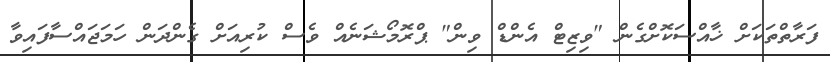
ފަރާތްތަކަށް ޚާއްސަކޮށްގެން "ވިޒިޓް އެންޑް ވިން" ޕްރޮމޯޝަނެއް ވެސް ކުރިއަށް ގެންދަން ހަމަޖައްސާފައިވާ